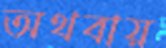
অথবায়